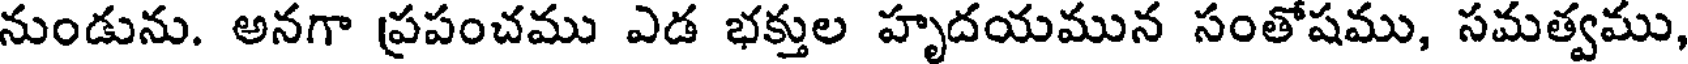
నుండును. అనగా ప్రపంచము ఎడ భక్తుల హృదయమున సంతోషము, సమత్వము,